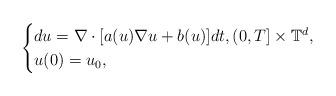
LaTeX: \begin{align*}\begin{cases}du = \nabla \cdot [a(u)\nabla u + b(u)] dt, (0,T]\times\mathbb{T}^d , \\u(0) = u_0 ,\end{cases}\end{align*}